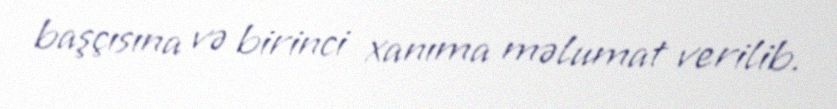
başçısına və birinci xanıma məlumat verilib.